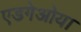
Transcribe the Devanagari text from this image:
एडगेओया